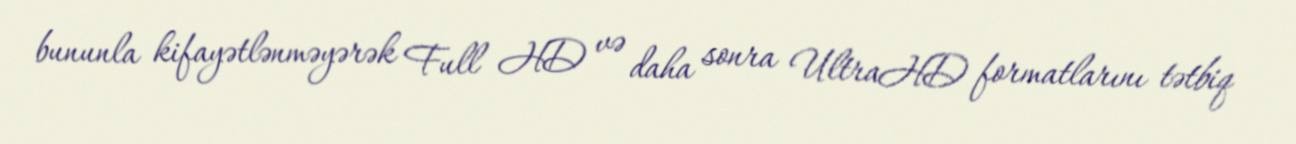
bununla kifayətlənməyərək Full HD və daha sonra UltraHD formatlarını tətbiq